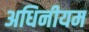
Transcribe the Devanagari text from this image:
अधिनीयम